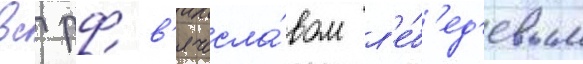
вс рф в'ячесла́вом л'е́б'ед'евым